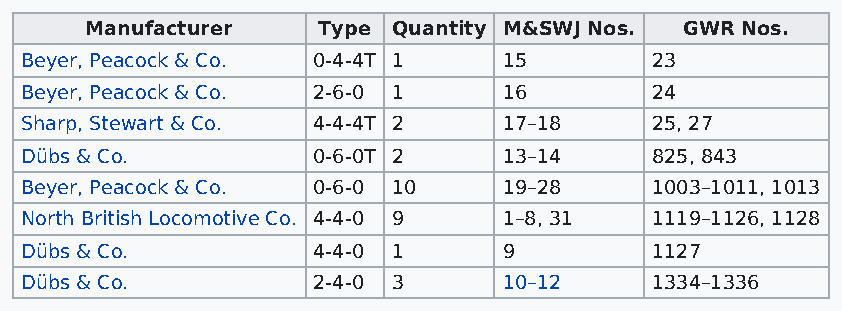
Manufacturer   Type Quantity M&SWJ Nos. GWR Nos.
 Beyer, Peacock & Co. 0-4-4T 1   15        23
 Beyer, Peacock & Co. 2-6-0 1    16        24
 Sharp, Stewart & Co. 4-4-4T 2   17–18     25, 27
 Dübs & Co.          0-6-0T 2    13–14     825, 843
 Beyer, Peacock & Co. 0-6-0 10   19–28     1003–1011, 1013
 North British Locomotive Co. 4-4-0 9 1–8, 31 1119–1126, 1128
 Dübs & Co.          4-4-0 1     9         1127
 Dübs & Co.          2-4-0 3     10–12     1334–1336